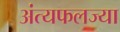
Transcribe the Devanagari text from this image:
अंत्यफलज्या